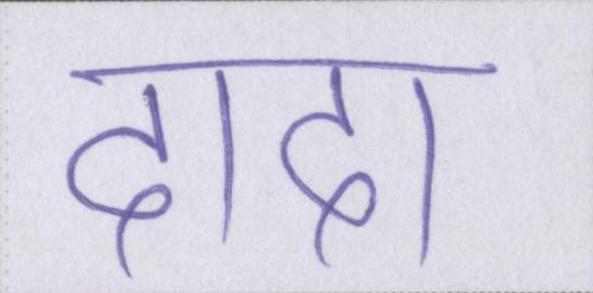
दादा